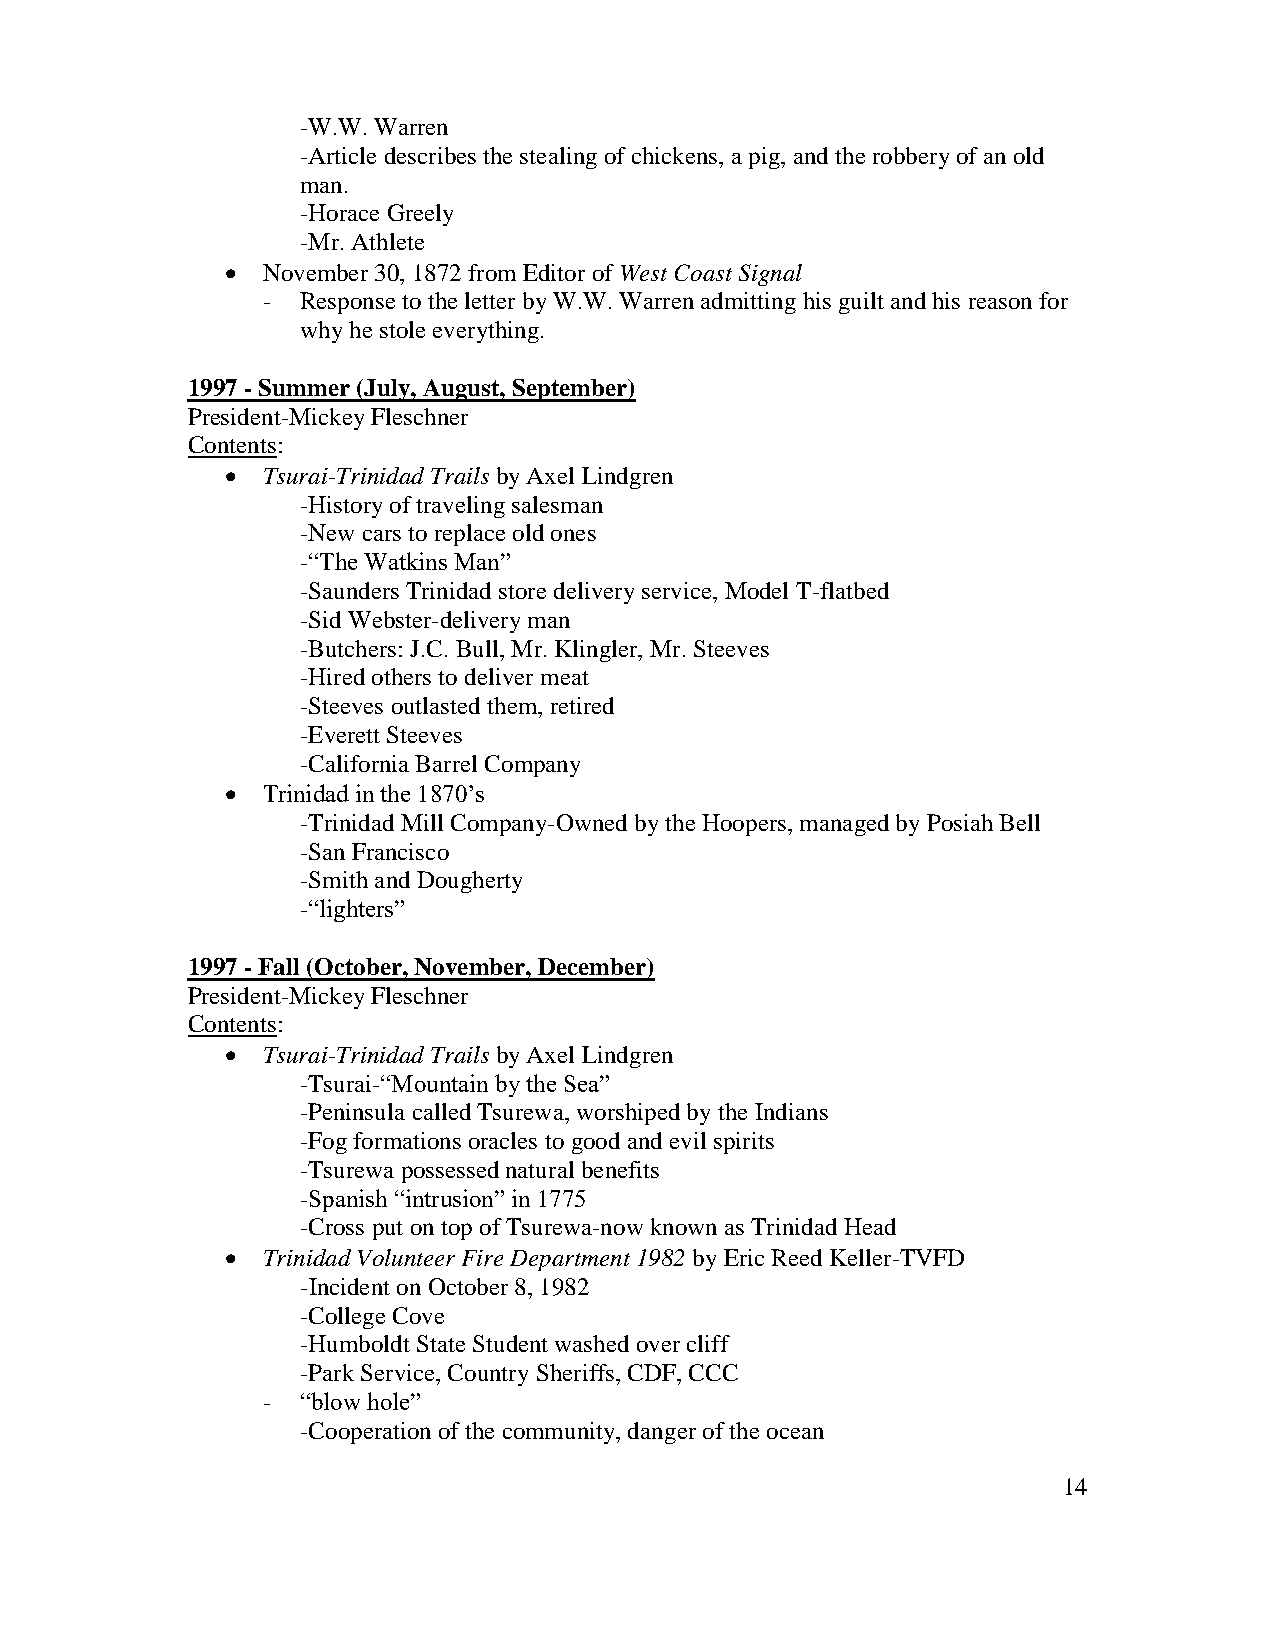
-W.W. Warren
 -Article describes the stealing of chickens, a pig, and the robbery of an old
 man.
 -Horace Greely
 -Mr. Athlete
  November 30, 1872 from Editor of West Coast Signal
 -  Response to the letter by W.W. Warren admitting his guilt and his reason for
 why he stole everything.
 1997 - Summer (July, August, September)
 President-Mickey Fleschner
 Contents:
  Tsurai-Trinidad Trails by Axel Lindgren
 -History of traveling salesman
 -New cars to replace old ones
 -“The Watkins Man”
 -Saunders Trinidad store delivery service, Model T-flatbed
 -Sid Webster-delivery man
 -Butchers: J.C. Bull, Mr. Klingler, Mr. Steeves
 -Hired others to deliver meat
 -Steeves outlasted them, retired
 -Everett Steeves
 -California Barrel Company
  Trinidad in the 1870’s
 -Trinidad Mill Company-Owned by the Hoopers, managed by Posiah Bell
 -San Francisco
 -Smith and Dougherty
 -“lighters”
 1997 - Fall (October, November, December)
 President-Mickey Fleschner
 Contents:
  Tsurai-Trinidad Trails by Axel Lindgren
 -Tsurai-“Mountain by the Sea”
 -Peninsula called Tsurewa, worshiped by the Indians
 -Fog formations oracles to good and evil spirits
 -Tsurewa possessed natural benefits
 -Spanish “intrusion” in 1775
 -Cross put on top of Tsurewa-now known as Trinidad Head
  Trinidad Volunteer Fire Department 1982 by Eric Reed Keller-TVFD
 -Incident on October 8, 1982
 -College Cove
 -Humboldt State Student washed over cliff
 -Park Service, Country Sheriffs, CDF, CCC
 -  “blow hole”
 -Cooperation of the community, danger of the ocean
 14